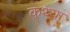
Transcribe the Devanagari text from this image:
कथ्या